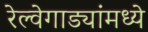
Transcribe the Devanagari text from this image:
रेल्वेगाड्यांमध्ये